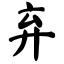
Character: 弃